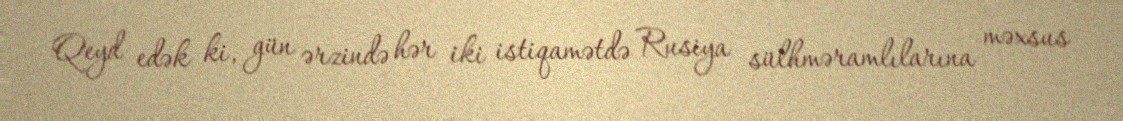
Qeyd edək ki, gün ərzində hər iki istiqamətdə Rusiya sülhməramlılarına məxsus